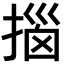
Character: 𫽨